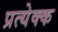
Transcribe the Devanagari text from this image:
प्रत्येक्क